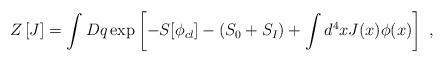
LaTeX: \begin{align*}Z\left[ J \right] = \int Dq \exp\left[ -S[\phi_{cl}]-(S_{0} + S_{I} )+ \int d^4 x J(x)\phi(x)\right] \,\,,\end{align*}